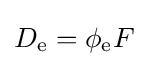
D_{\text{e}}=\phi _{\text{e}}F